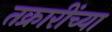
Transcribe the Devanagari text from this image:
तक्रारींच्या